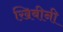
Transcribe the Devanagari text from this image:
ख़िबीनी